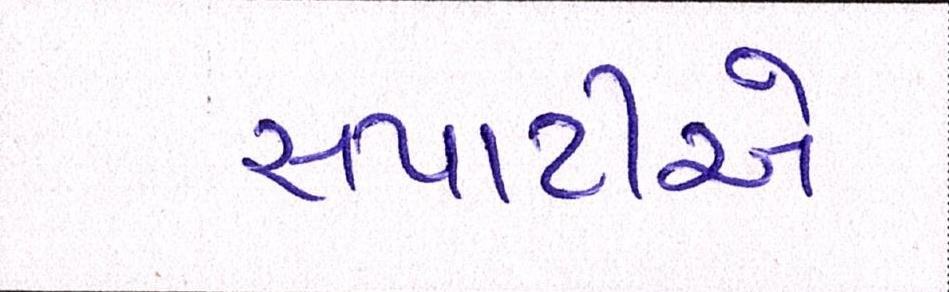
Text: સપાટીએ